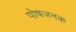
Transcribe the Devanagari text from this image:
पोषजनक